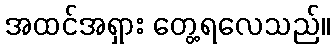
အထင်အရှား တွေ့ရလေသည်။